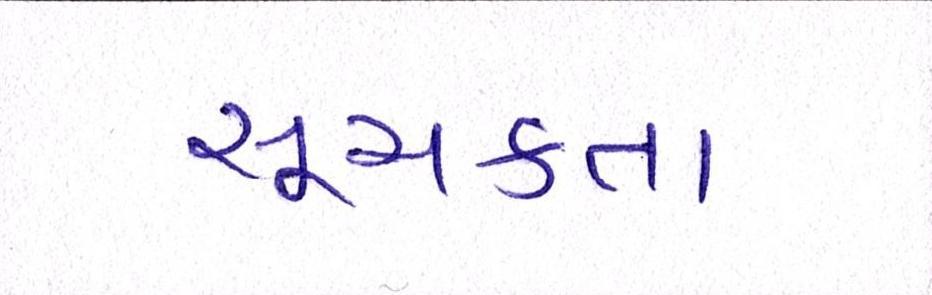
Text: સૂચકતા